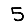
Digit: 5